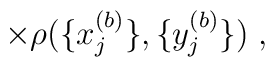
\times \rho ( \{x^{(b)}_j \}, \{y^{(b)}_j \} ) \; ,